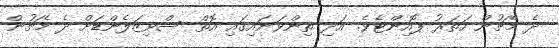
ދެ މެޗުން ހަތަރު ޕޮއިންޓެވެ. އަދި ތިންވަނައިގައި އޮތް ސްވިޒަލެންޑަށް ދެ މެޗުން